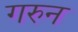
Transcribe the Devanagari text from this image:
गरुन